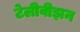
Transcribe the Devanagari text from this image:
टेलीवीझन